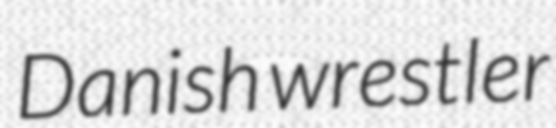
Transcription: Danish wrestler